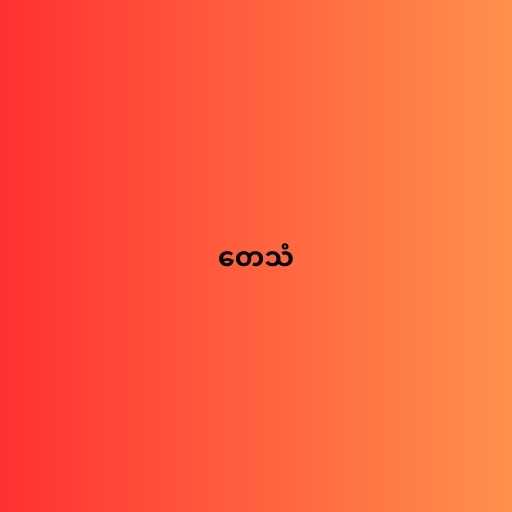
တေသံ